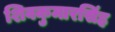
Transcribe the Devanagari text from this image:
शिवकुमारसिंह